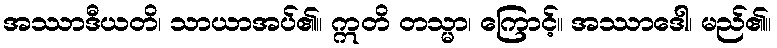
အဿာဒီယတိ၊ သာယာအပ်၏။ ဣတိ တသ္မာ၊ ကြောင့်။ အဿာဒေါ၊ မည်၏။